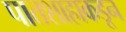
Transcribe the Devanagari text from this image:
पातशाहाकडून